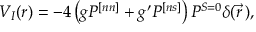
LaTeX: V _ { I } ( r ) = - 4 \left( g P ^ { [ n n ] } + g ^ { \prime } P ^ { [ n s ] } \right) P ^ { S = 0 } \delta ( \vec { r } \, ) ,